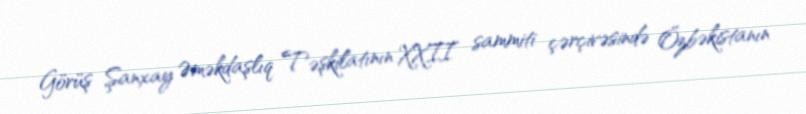
Görüş Şanxay Əməkdaşlıq Təşkilatının XXII sammiti çərçivəsində Özbəkistanın